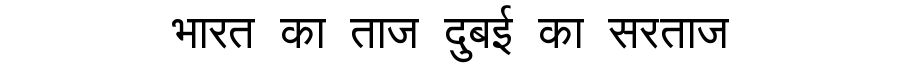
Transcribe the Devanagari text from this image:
भारत का ताज दुबई का सरताज